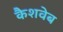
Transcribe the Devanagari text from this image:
कैशवेब